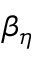
\beta _ { \eta }